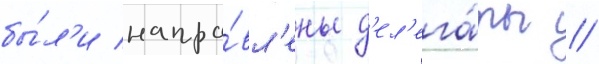
бы́л'и напра́вл'ены д'ел'ега́ты //